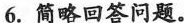
6.简略回答问题.